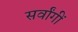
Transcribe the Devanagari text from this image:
सर्वांगीं